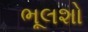
ભૂલશો